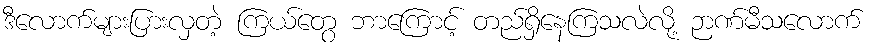
ဒီလောက်များပြားလှတဲ့ ကြယ်တွေ ဘာကြောင့် တည်ရှိနေကြသလဲလို့ ဉာဏ်မီသလောက်